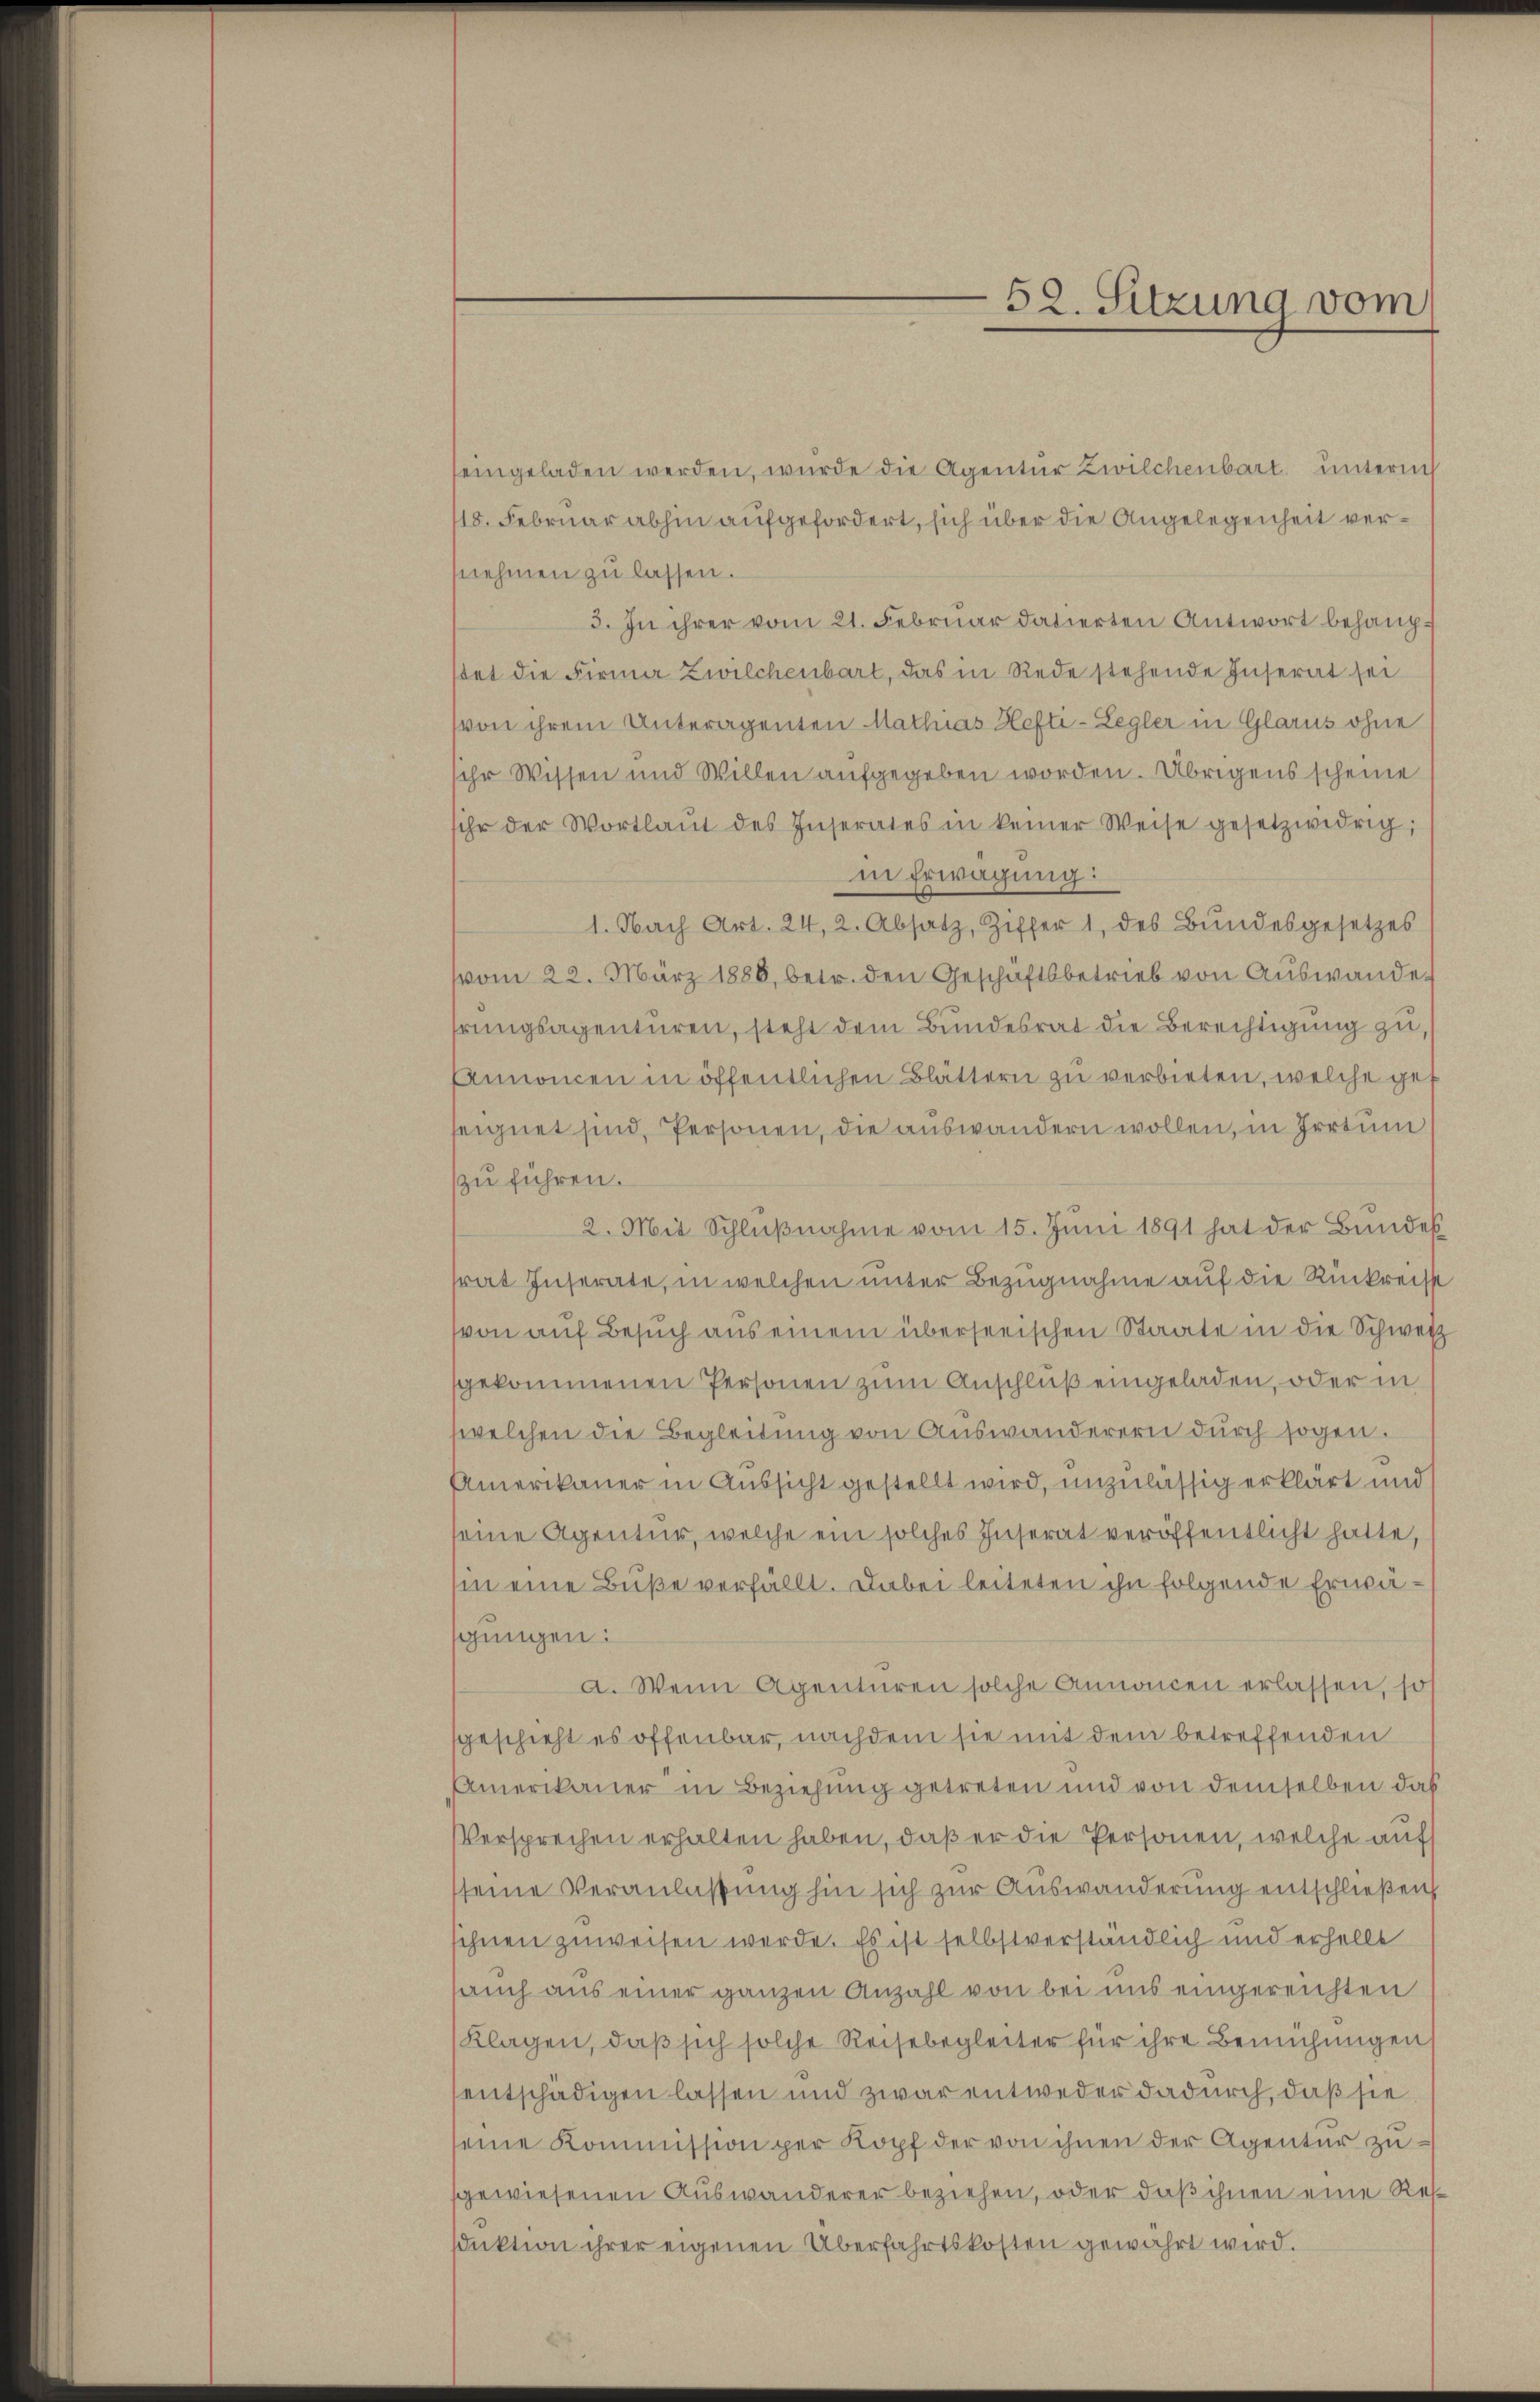
seingeladen werden, wurde die Agentur Zwilchenbart unterm
18. Februar abhin aufgefordert, sich über die Angelegenheit vernehmen zu lassen.
3. In ihrer vom 21. Februar datierten Antwort behaupstet die Firma Zwilchenbart, das in Rede stehende Inserat sei
von ihrem Unteragenten Mathias Hefti-Legler in Glarus ohne
ihr Wissen und Willen aufgegeben worden. Übrigens scheine
sihr der Wortlaut des Inserates in keiner Weise gesetzwidrig;
in Erwägung:
1. Nach Art. 24, 2. Absatz, Ziffer 1, des Bŭndesgesetzes
vom 22. März 1886, betr. den Geschäftsbetrieb von Auswande
prungsagenturen, steht dem Bundesrat die Berechtigung zu,
Annoncen in öffentlichen Blättern zu verbieten, welche gef
seignet sind, Personen, die auswandern wollen, in Irrtum
zu führen.
2. Mit Schlŭβnahme vom 15. Juni 1891 hat der Bundes
trat Inserate, in welchen unter Bezugnahme auf die Rückreiss
von auf Besuch aus einem überserischen Staate in die Schweiz
gekommenen Personen zum Anschluß eingeladen, oder in
welchen die Begleitung von Auswanderern durch sogen.
Amerikaner in Aussicht gestellt wird, unzulässig erklärt und
eine Agentur, welche ein solches Inserat veröffentlicht hatte,
sin eine Buße verfällt. Dabei leiteten ihn folgende Erwägungen:
a. Wenn Agenturen solche Annoncen erlassen, so
sgeschieht es offenbar, nachdem sie mit dem betreffenden
Amerikaner in Beziehung getreten und von demselben das
Versprechen erhalten haben, daß er die Personen, welche aufs
sseine Veranlaßung hin sich zur Auswanderung entschließen
sihnen zuweisen werde. Es ist selbstverständlich und erhelle
sauch aus einer ganzen Anzahl von bei uns eingereichten
Klagen, daß sich solche Reisebegleiter für ihre Bemühungen
entschädigen lassen und zwar entweder dadurch, daß sie
seine Kommission per Kopf der von ihnen der Agentur zusgewiesenen Auswanderer beziehen, oder daß ihnen eine Ressduktion ihrer eigenen Überfahrtskosten gewahrt wird.

52. Sitzung vom